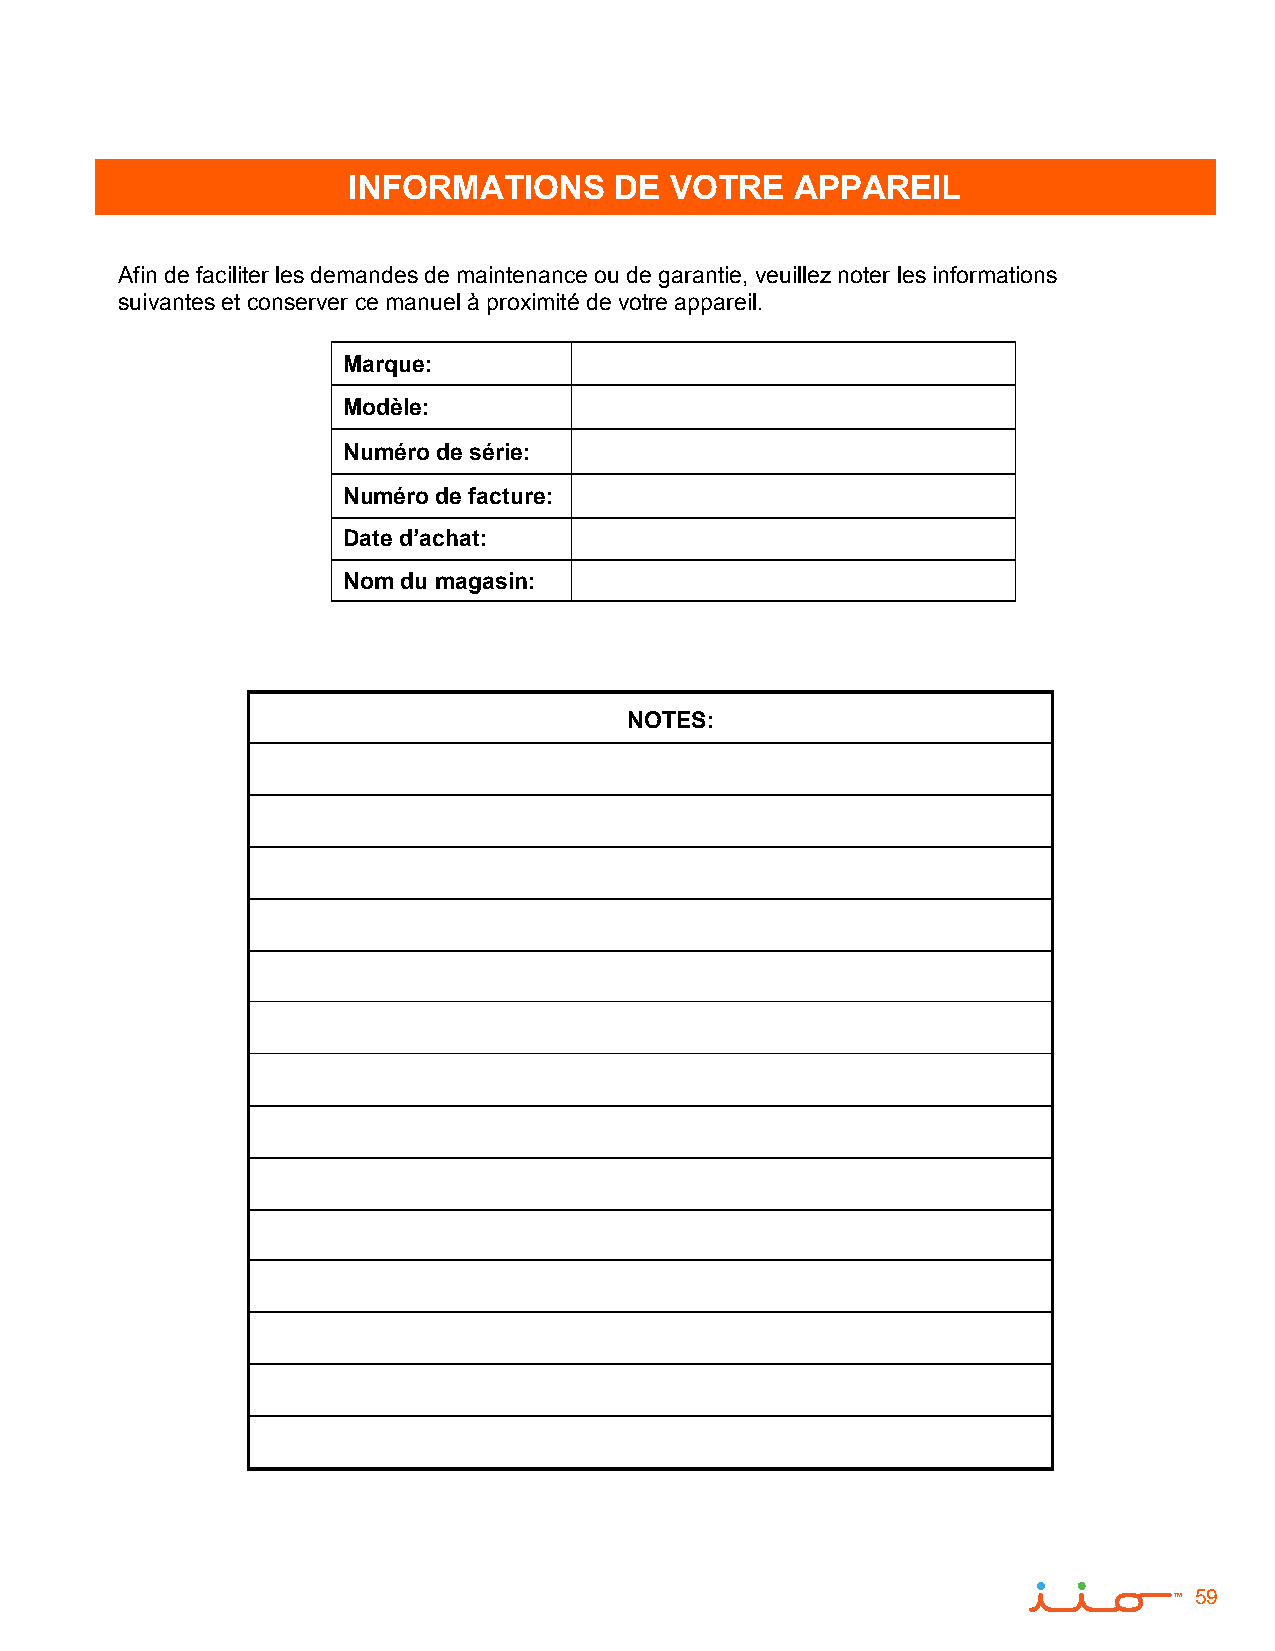
INFORMATIONS      DE VOTRE    APPAREIL
 Afin de faciliter les demandes de maintenance ou de garantie, veuillez noter les informations
 suivantes et conserver ce manuel à proximité de votre appareil.
 Marque:
 Modèle:
 Numéro de série:
 Numéro de facture:
 Date d’achat:
 Nom du magasin:
 NOTES:
 59